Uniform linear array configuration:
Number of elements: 48
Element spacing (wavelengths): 1
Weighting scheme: hann
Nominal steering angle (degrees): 0
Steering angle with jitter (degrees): -1.952
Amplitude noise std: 0.05
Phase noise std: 0.05

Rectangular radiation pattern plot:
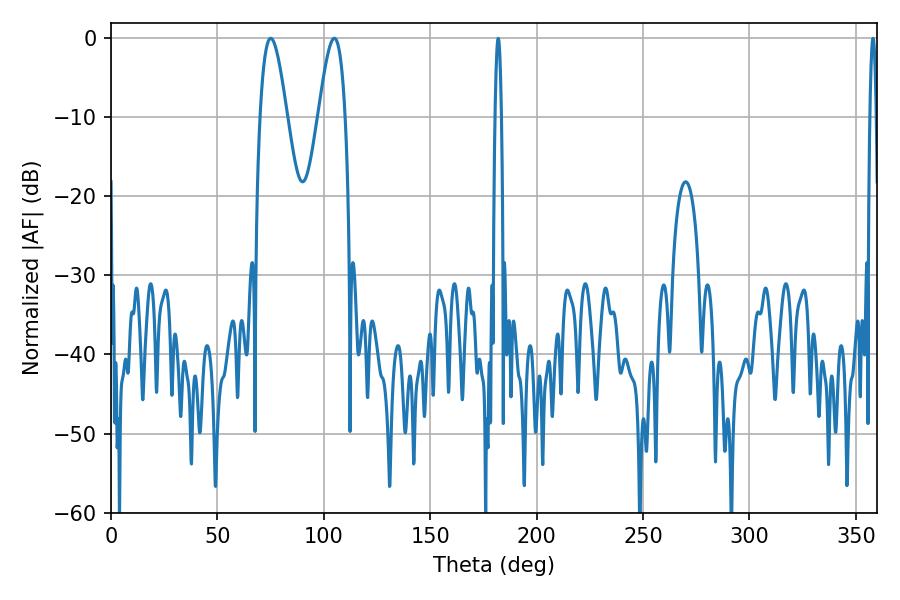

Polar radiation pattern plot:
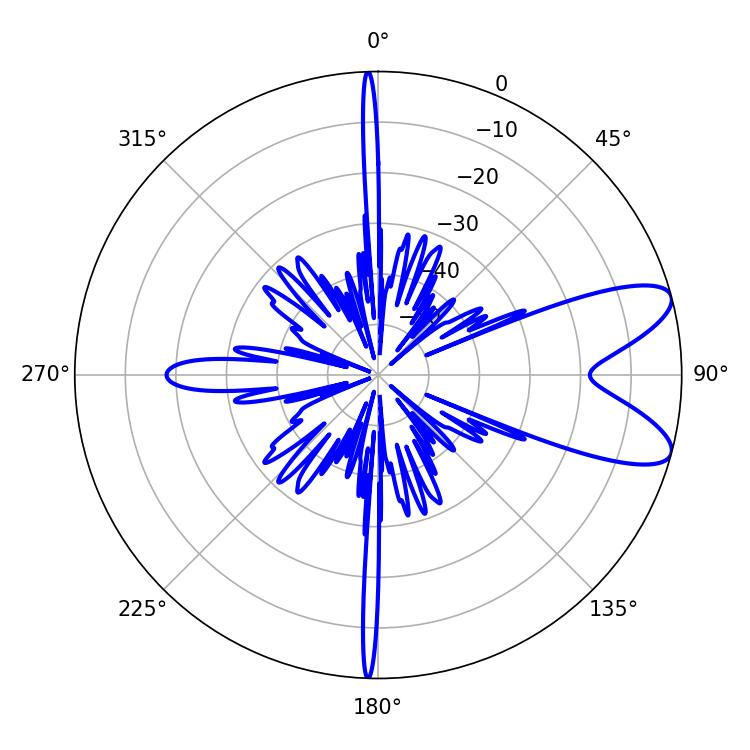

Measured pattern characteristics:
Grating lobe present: TRUE
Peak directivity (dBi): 9.0
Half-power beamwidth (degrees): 6.84
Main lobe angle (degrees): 75.06